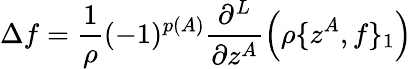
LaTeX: \Delta f=\frac{1}{\rho}(-1)^{p(A)}\frac{\partial^{L}}{\partial z^{A}}\left(\rho\{ z^{A},f\} _{1}\right)